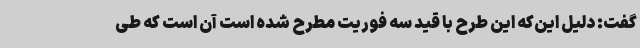
گفت: دلیل این‌که این طرح با قید سه فوریت مطرح شده است آن است که طی